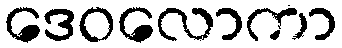
ဒေဝလောကာ